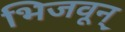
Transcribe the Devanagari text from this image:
भिजवून्